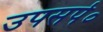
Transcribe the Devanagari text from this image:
उपसर्प०